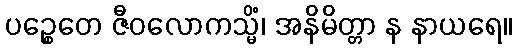
ပဉ္စေတေ ဇီဝလောကသ္မိံ၊ အနိမိတ္တာ န နာယရေ။